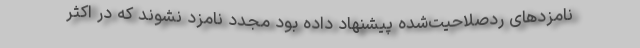
نامزدهای رد‌صلاحیت‌شده پیشنهاد داده بود مجدد نامزد نشوند که در اکثر